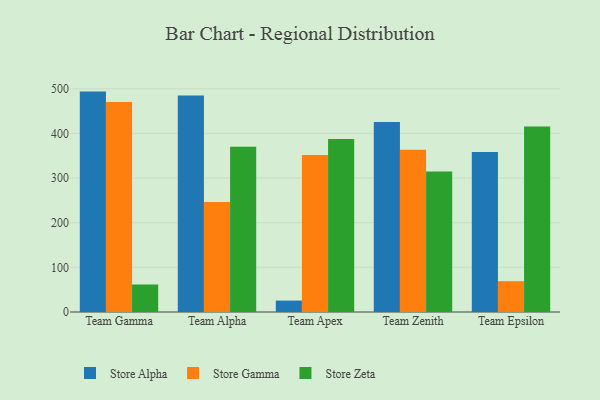
{"axis": {"x": "Team", "y": "Net Income (USD K)"}, "legend": ["Store Alpha", "Store Gamma", "Store Zeta"], "data": [{"x": "Team Gamma", "y": 493.6, "type": "Store Alpha"}, {"x": "Team Gamma", "y": 470.4, "type": "Store Gamma"}, {"x": "Team Gamma", "y": 61.6, "type": "Store Zeta"}, {"x": "Team Alpha", "y": 485.0, "type": "Store Alpha"}, {"x": "Team Alpha", "y": 246.3, "type": "Store Gamma"}, {"x": "Team Alpha", "y": 370.1, "type": "Store Zeta"}, {"x": "Team Apex", "y": 25.6, "type": "Store Alpha"}, {"x": "Team Apex", "y": 351.5, "type": "Store Gamma"}, {"x": "Team Apex", "y": 387.7, "type": "Store Zeta"}, {"x": "Team Zenith", "y": 425.6, "type": "Store Alpha"}, {"x": "Team Zenith", "y": 363.6, "type": "Store Gamma"}, {"x": "Team Zenith", "y": 314.6, "type": "Store Zeta"}, {"x": "Team Epsilon", "y": 358.4, "type": "Store Alpha"}, {"x": "Team Epsilon", "y": 69.1, "type": "Store Gamma"}, {"x": "Team Epsilon", "y": 415.3, "type": "Store Zeta"}]}